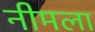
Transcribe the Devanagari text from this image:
नीमला